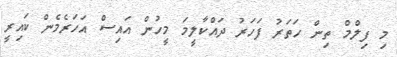
މި ފިލްމް ތިން ހަތަރު ފަހަރު ދައްކާލީމަ މީހުން އަައިސް އަހަރެމެން ކައިރީ